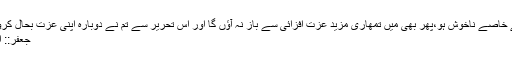
جعفر حالانکہ تم اپنی عزت افزائی پر مجھ سے خاصے ناخوش ہو،پھر بھی میں تمھاری مزید عزت افزائی سے باز نہ آؤں گا اور اس تحریر سے تم نے دوبارہ اپنی عزت بحال کروالی ہے،بہت بہت مبارک ہو :mrgreen: ;-)
جعفر:: اب عبداللہ سے اپنی ناراضگی ختم بھی کر ڈالو۔